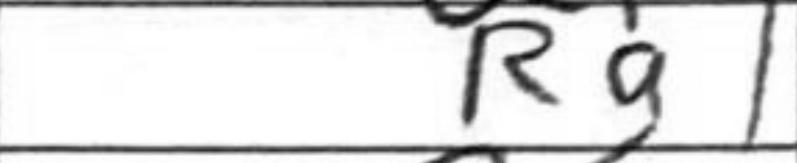
Transcription: Rg1